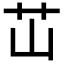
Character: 𬜡